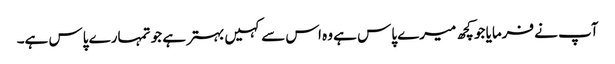
آپ نے فرمایا جو کچھ میرے پاس ہے وہ اس سے کہیں بہتر ہے جو تمہارے پاس ہے۔